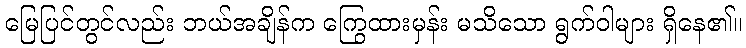
မြေပြင်တွင်လည်း ဘယ်အချိန်က ကြွေထားမှန်း မသိသော ရွက်ဝါများ ရှိနေ၏။